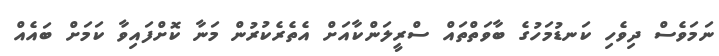
ނަމަވެސް ދިވެހި ކަނޑުމަހުގެ ބާވަތްތައް ސްރީލަންކާއަށް އެތެރެކުރުން މަނާ ކޮށްފައިވާ ކަމަށް ބައެއް